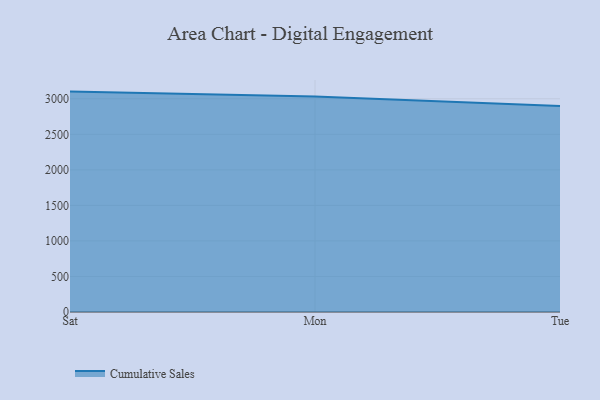
{"axis": {"x": "Day", "y": "Website Visitors"}, "legend": ["Cumulative Sales"], "data": [{"x": "Sat", "y": 3101.0, "type": "Cumulative Sales"}, {"x": "Mon", "y": 3031.5, "type": "Cumulative Sales"}, {"x": "Tue", "y": 2898.0, "type": "Cumulative Sales"}]}